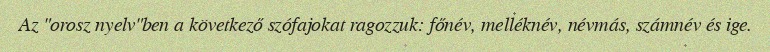
Az "orosz nyelv"ben a következő szófajokat ragozzuk: főnév, melléknév, névmás, számnév és ige.